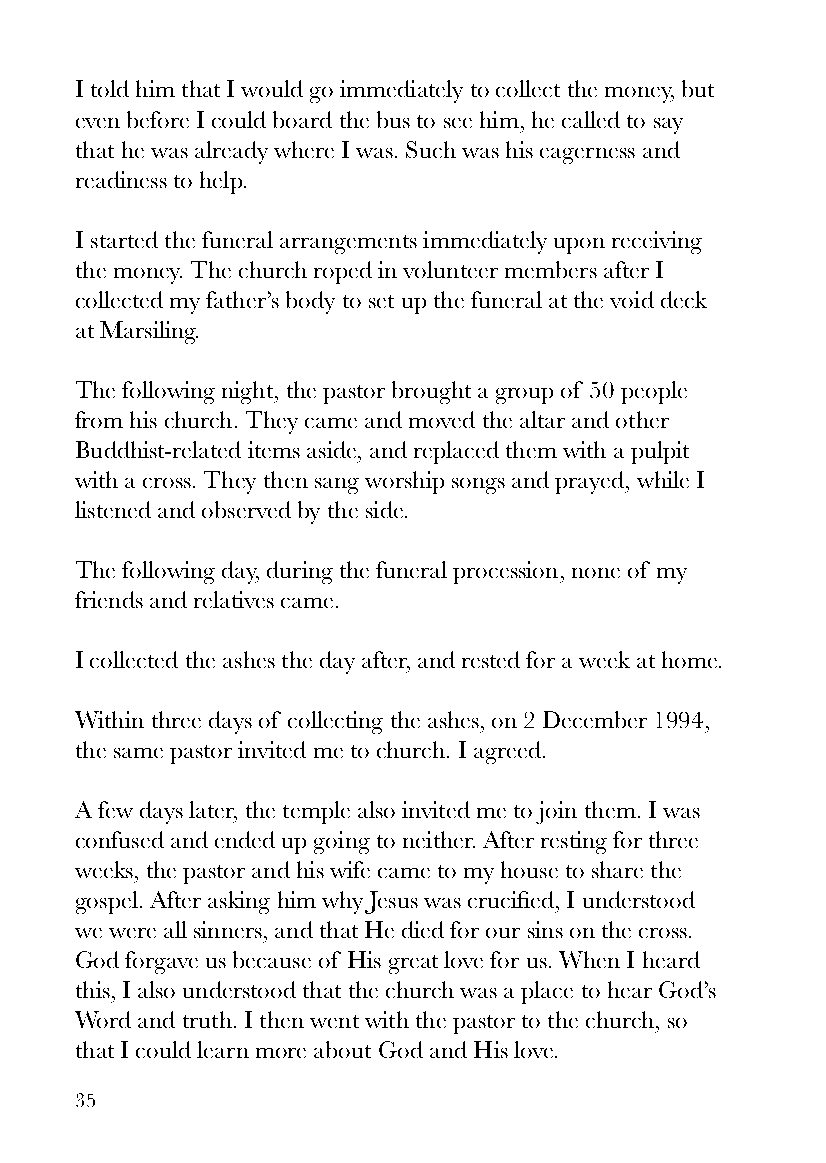
I told him that I would go immediately to collect the money, but
 even before I could board the bus to see him, he called to say
 that he was already where I was. Such was his eagerness and
 readiness to help.
 I started the funeral arrangements immediately upon receiving
 the money. The church roped in volunteer members after I
 collected my father’s body to set up the funeral at the void deck
 at Marsiling.
 The following night, the pastor brought a group of 50 people
 from his church. They came and moved the altar and other
 Buddhist-related items aside, and replaced them with a pulpit
 with a cross. They then sang worship songs and prayed, while I
 listened and observed by the side.
 The following day, during the funeral procession, none of my
 friends and relatives came.
 I collected the ashes the day after, and rested for a week at home.
 Within three days of collecting the ashes, on 2 December 1994,
 the same pastor invited me to church. I agreed.
 A few days later, the temple also invited me to join them. I was
 confused and ended up going to neither. After resting for three
 weeks, the pastor and his wife came to my house to share the
 gospel. After asking him why Jesus was crucified, I understood
 we were all sinners, and that He died for our sins on the cross.
 God forgave us because of His great love for us. When I heard
 this, I also understood that the church was a place to hear God’s
 Word and truth. I then went with the pastor to the church, so
 that I could learn more about God and His love.
 35